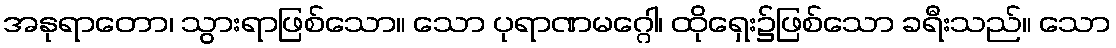
အနုရာတော၊ သွားရာဖြစ်သော။ သော ပုရာဏမဂ္ဂေါ၊ ထိုရှေး၌ဖြစ်သော ခရီးသည်။ သော